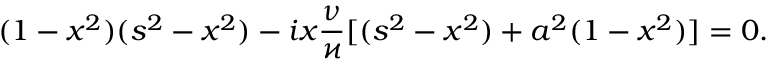
( 1 - x ^ { 2 } ) ( s ^ { 2 } - x ^ { 2 } ) - i x \frac { \nu } { \varkappa } [ ( s ^ { 2 } - x ^ { 2 } ) + a ^ { 2 } ( 1 - x ^ { 2 } ) ] = 0 .